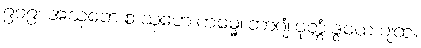
၉၀၉။ အသုဘေ စ သုဘေ ကမ္မေ၊ ဘာဂျံ ဝုတ္တံ ဒွယေ ပျထ။